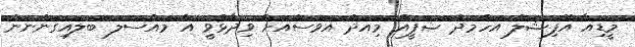
މީޑިއާ އޮފިޝަލް އަހްމަދު ޝަފީއު މިއަދު އަވަސްއަށް ވިދާޅުވީ އެ މައްސަލަ ބަލައިގަންނަން